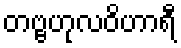
တဗ္ဗဟုလဝိဟာရီ